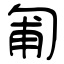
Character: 匍